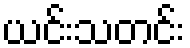
ယင်းသတင်း